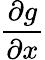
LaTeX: \frac{\partial g}{\partial x}